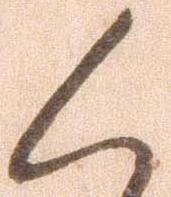
く